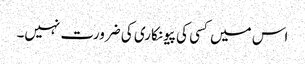
اس میں کسی کی پیونکاری کی ضرورت نہیں۔